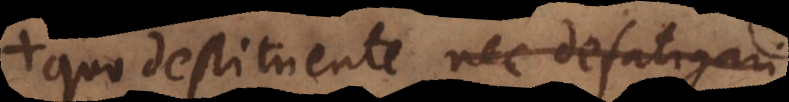
quo destituente nec defatigari